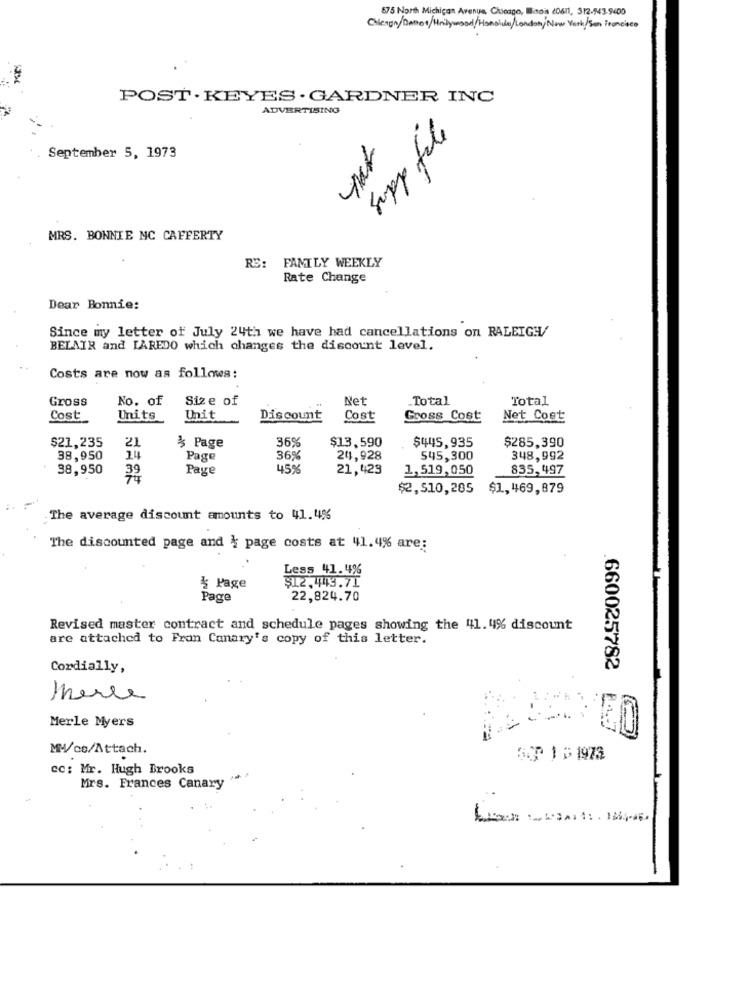
675 North Michigan Avenue, Chicago, Ilinois 20611, 312-543-9400
POST . KEYES . GARDNER INC
ADVERTISING
Supp file
September 5, 1973
MRS. BONNIE NC CAFFERTY
FAMILY WEEKLY
RE:
Rate Change
Dear Bonnie:
Since my letter of July 24th we have had cancellations on RALEIGH/
BELAIR and LAREDO which changes the discount level.
Costs are now as follows:
Gross
No. of
Size of
Net
Total
Total
Cost
Units
Unit
Discount
Cost
Gross Cost
Net Cost
$21,235
36%
$13.590
$285,390
21
% Page
$445,935
38,950
24
Page
36%
24,928
545,300
348,992
38,950
Page
21,423
1,519,050
835,497
$2,510,285 $1,469,879
The average discount amounts to 41.4%
The discounted page and } page costs at 41.4% are:
Less 41.44%
$12.449.71
¥ Page
Page
22,824.70
Revised master contract and schedule pages showing the 41.4% discount
are attached to Fran Canary's copy of this letter.
Cordially,
660025782
merce
P.1.
Merle Myers
MW/co/Attach.
GIP 1 # 1973
cc: Mr. Hugh Brooks
Mrs. Frances Canary